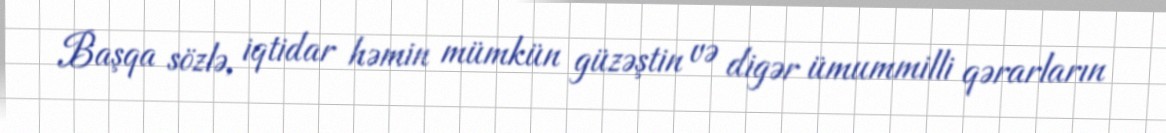
Başqa sözlə, iqtidar həmin mümkün güzəştin və digər ümummilli qərarların